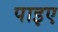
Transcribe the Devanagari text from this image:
पाइए